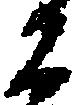
ニ